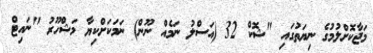
މަޖާކޮށްލުމުގެ ނިޔަތުގައި "ޝޮކް 32 (އަސްލު ނަމެއް ނޫން) ނަމަކަށްކިޔާ މަޝްހޫރު "ނައިޓް